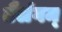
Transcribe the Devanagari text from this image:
तैलंगम्